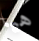
هيا